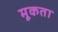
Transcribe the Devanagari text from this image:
मूकता